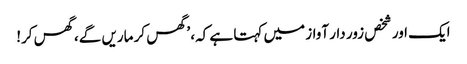
ایک اور شخص زور دار آواز میں کہتا ہے کہ، ’گھس کر ماریں گے، گھس کر!